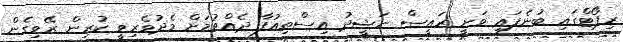
ރިޕޯޓްގައި ބުނެފައި ވަނީ ރައީސް ނަޝީދު އިސްތިއުފާ ދެއްވުމަށް މެދުވެރިވީ ކުރިން ރޭވިގެން